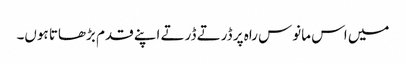
میں اس مانوس راہ پر ڈرتے ڈرتے اپنے قدم بڑھاتا ہوں۔